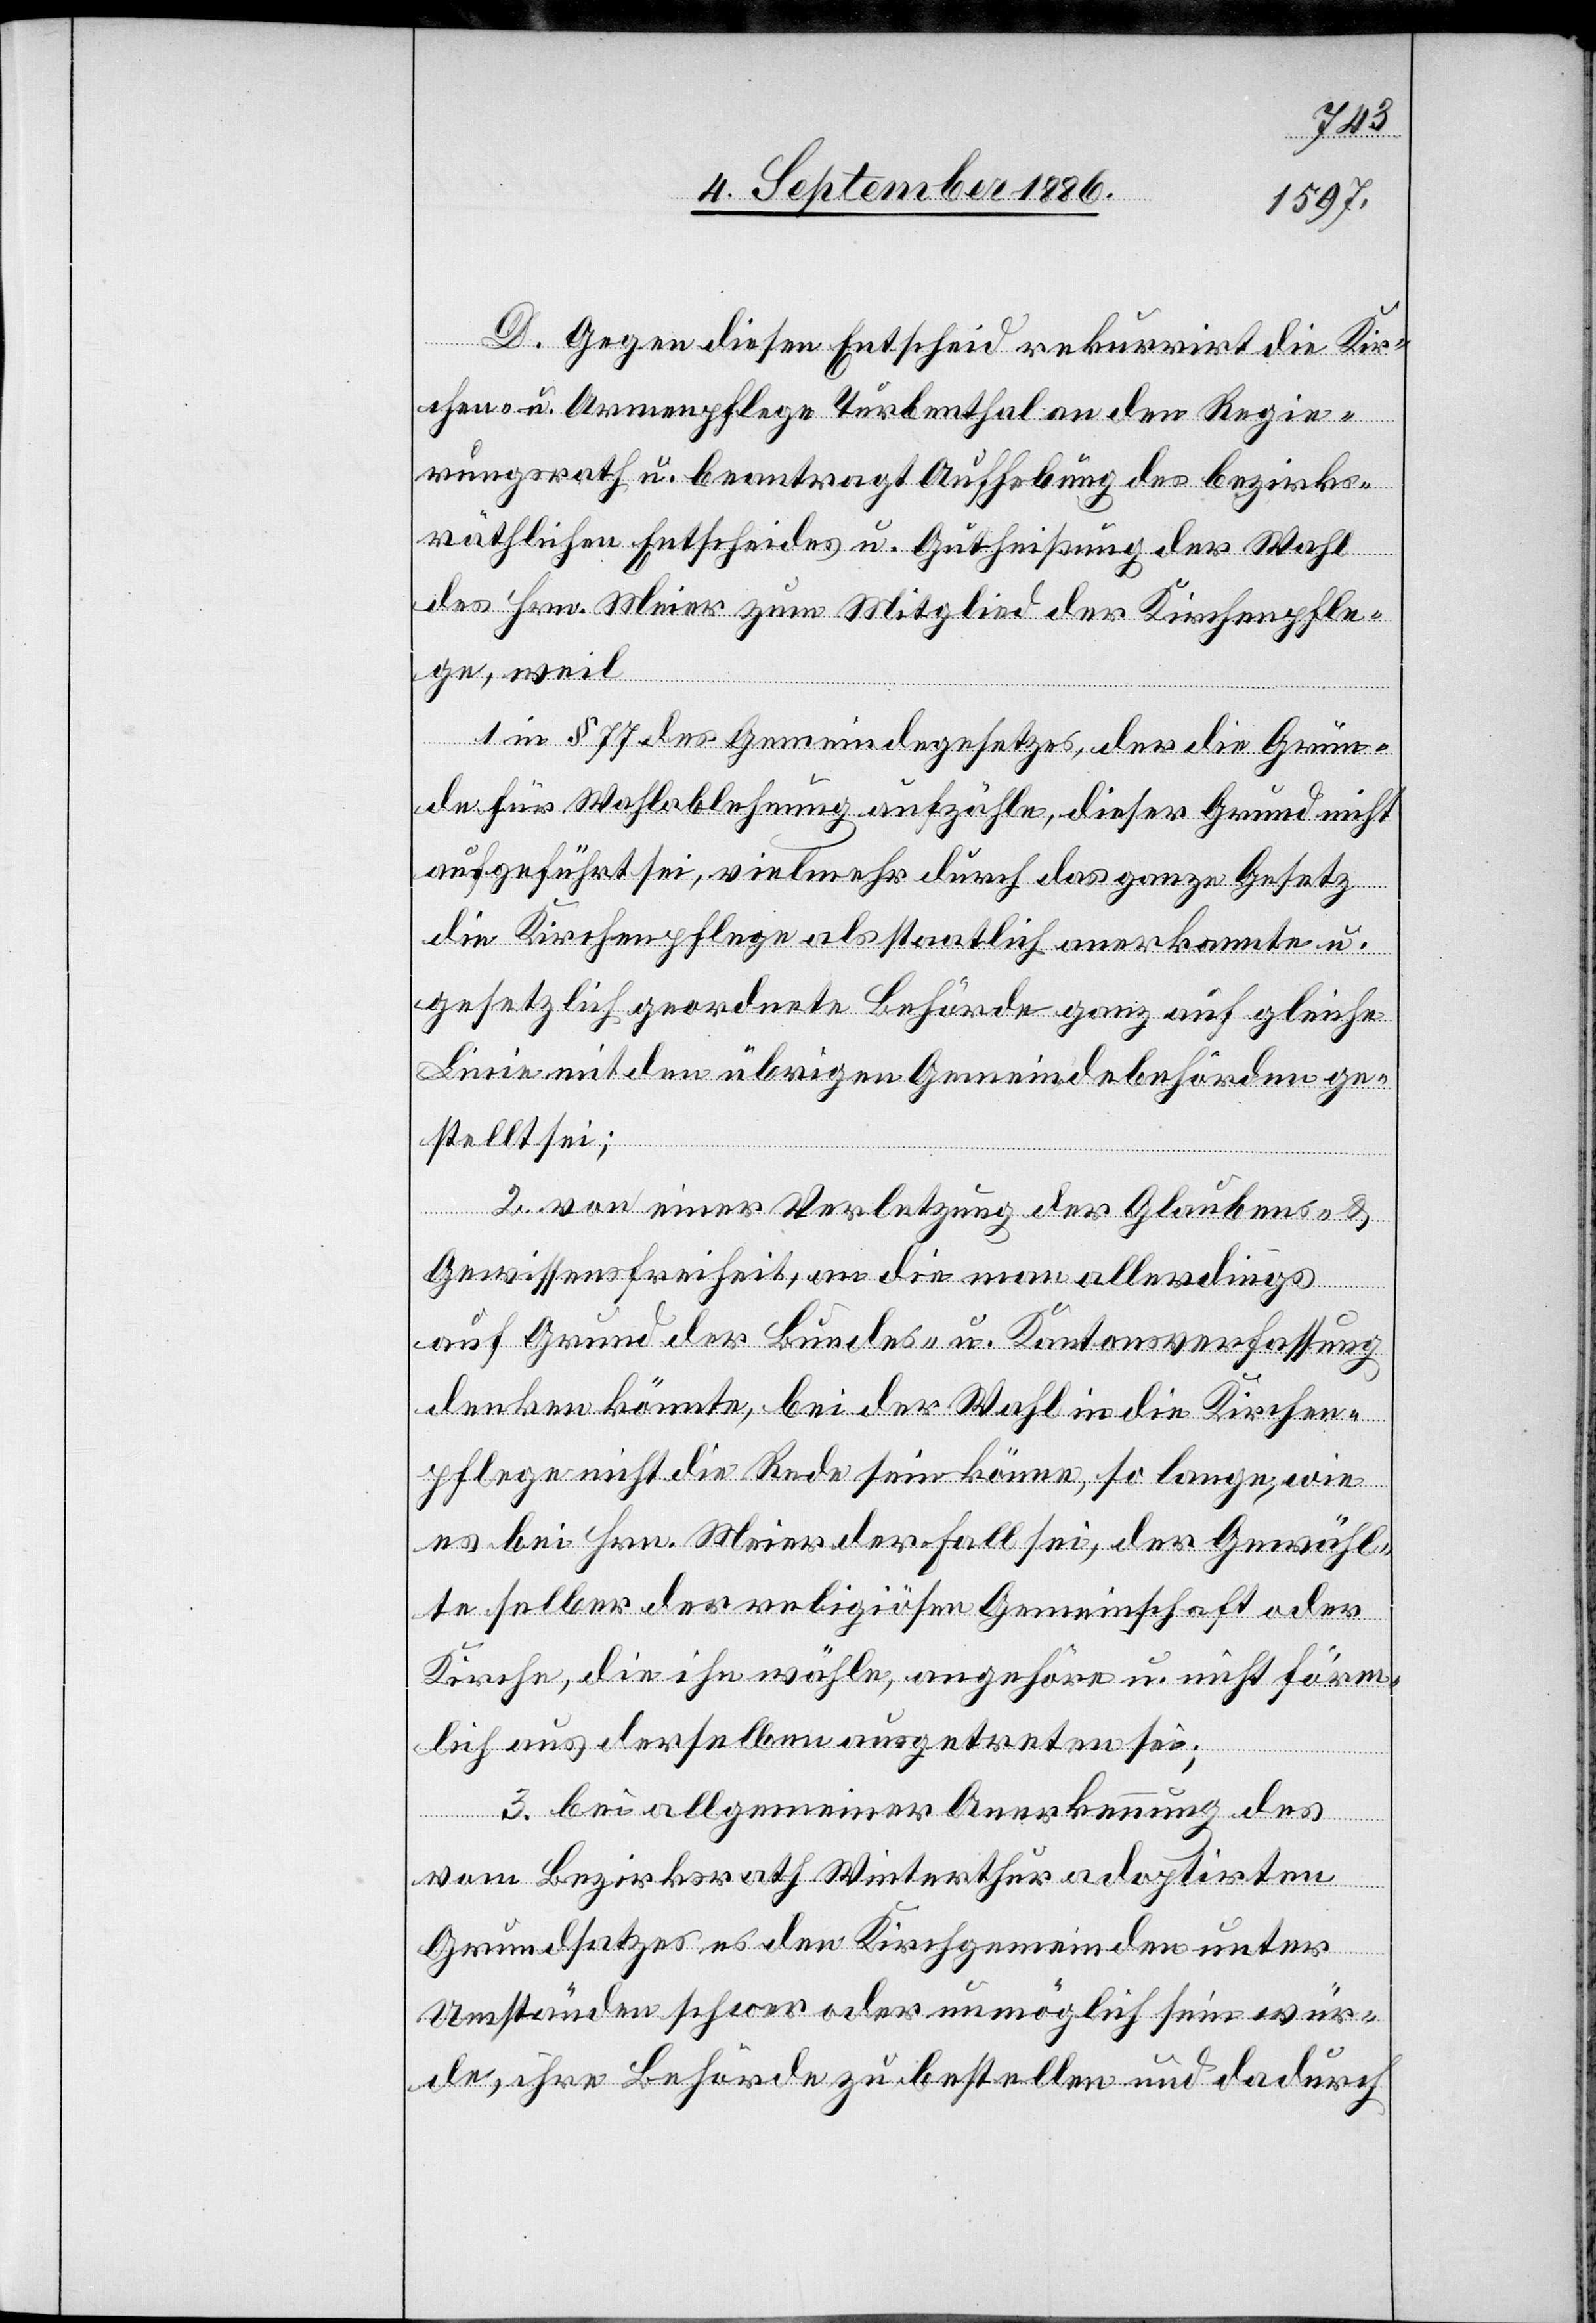
D. Gegen diesen Entscheid rekurrirt die Kir¬
chen- u. Armenpflege Turbenthal an den Regie¬
rungsrath u. beantragt Aufhebung des bezirks¬
räthlichen Entscheides u. Gutheißung der Wahl
des Hrn. Meier zum Mitglied der Kirchenpfle¬
ge, weil
1. in § 77 des Gemeindegesetzes, der die Grün¬
de für Wahlablehnung aufzähle, dieser Grund nicht
aufgeführt sei, vielmehr durch das ganze Gesetz
die Kirchenpflege als staatlich anerkannte u.
gesetzlich geordnete Behörde ganz auf gleiche
Linie mit den übrigen Gemeindebehörden ge¬
stellt sei;
2. von einer Verletzung der Glaubens- &
Gewissensfreiheit, an die man allerdings
auf Grund der Bundes- u. Kantonsverfassung
denken könnte, bei der Wahl in die Kirchen¬
pflege nicht die Rede sein könne, so lange, wie
es bei Hrn. Meier der Fall sei, der Gewähl¬
te selber der religiösen Gemeinschaft oder
Kirche, die ihn wähle, angehöre u. nicht förm¬
lich aus derselben ausgetreten sei;
3. bei allgemeiner Anerkennung des
vom Bezirksrath Winterthur adoptirten
Grundsatzes es den Kirchgemeinden unter
Umständen schwer oder unmöglich sein wür¬
de, ihre Behörde zu bestellen und dadurch